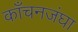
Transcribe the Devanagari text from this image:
काँचनजंघा